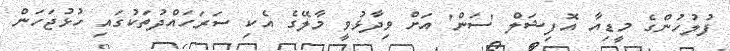
ފުލުހުންގެ މީޑިއާ އޮފިޝަލް 'ސަން' އަށް ވިދާޅުވީ މާލޭގެ އެކި ސަރަހައްދުތަކުގައި ހުޅުޖަހަން